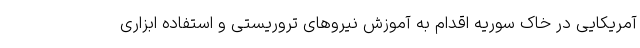
آمریکایی در خاک سوریه اقدام به آموزش نیروهای تروریستی و استفاده ابزاری